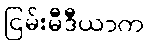
ငြမ်းမီဒီယာက